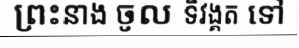
ព្រះនាង ចូល ទិវង្គត ទៅ